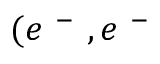
( e ^ { \mathrm { ~ - ~ } } , e ^ { \mathrm { ~ - ~ } }